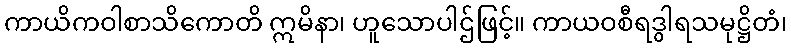
ကာယိကဝါစာသိကောတိ ဣမိနာ၊ ဟူသောပါဌ်ဖြင့်။ ကာယဝစီရဒွါရသမုဋ္ဌိတံ၊